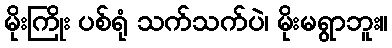
မိုးကြိုး ပစ်ရုံ သက်သက်ပဲ၊ မိုးမရွာဘူး။